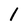
Character: l